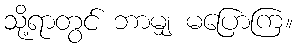
သို့ရာတွင် ဘာမျှ မပြောကြ။